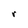
Character: r